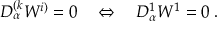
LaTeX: D _ { \alpha } ^ { ( k } W ^ { i ) } = 0 \quad \Leftrightarrow \quad D _ { \alpha } ^ { 1 } W ^ { 1 } = 0 \; .